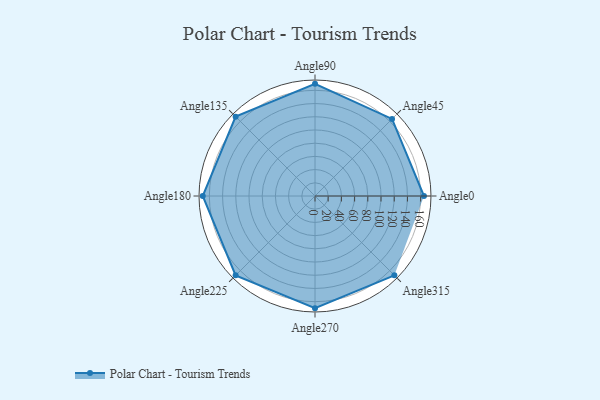
{"axis": {"x": "Angle", "y": "Radius"}, "legend": [""], "data": [{"x": "Angle0", "y": 165.0, "type": ""}, {"x": "Angle45", "y": 165.0, "type": ""}, {"x": "Angle90", "y": 170, "type": ""}, {"x": "Angle135", "y": 170, "type": ""}, {"x": "Angle180", "y": 170, "type": ""}, {"x": "Angle225", "y": 170, "type": ""}, {"x": "Angle270", "y": 170, "type": ""}, {"x": "Angle315", "y": 170, "type": ""}]}